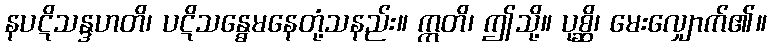
နပဋိသန္ဒဟတိ၊ ပဋိသန္ဓေမနေတုံ့သနည်း။ ဣတိ၊ ဤသို့။ ပုစ္ဆိ၊ မေးလျှောက်၏။